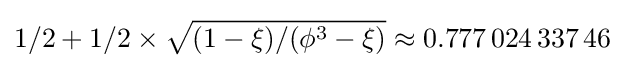
1/2+1/2\times {\sqrt {(1-\xi )/(\phi ^{3}-\xi )}}\approx 0.777\,024\,337\,46